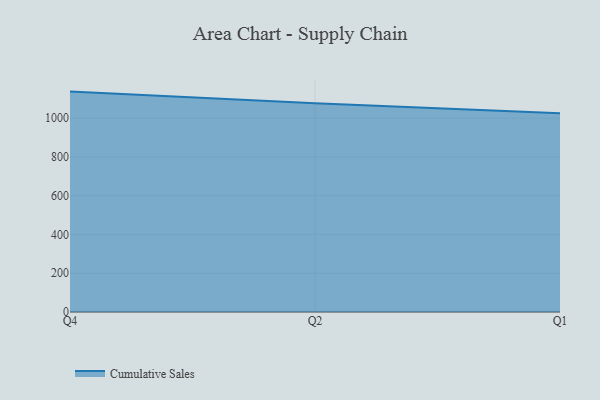
{"axis": {"x": "Quarter", "y": "Budget (USD K)"}, "legend": ["Cumulative Sales"], "data": [{"x": "Q4", "y": 1137.2, "type": "Cumulative Sales"}, {"x": "Q2", "y": 1077.7, "type": "Cumulative Sales"}, {"x": "Q1", "y": 1025.1, "type": "Cumulative Sales"}]}